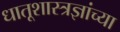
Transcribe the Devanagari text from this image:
धातूशास्त्रज्ञांच्या